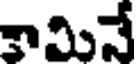
కామినే